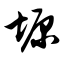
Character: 塬